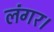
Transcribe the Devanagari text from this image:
लंगर।